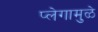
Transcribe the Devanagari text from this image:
प्लेगामुळे